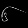
Digit: ၆